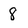
Character: 8